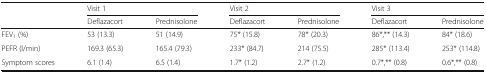
|  | <COLSPAN=2> Visit 1 | <COLSPAN=2> Visit 2 | <COLSPAN=2> Visit 3 |
 |  | Deflazacort | Prednisolone | Deflazacort | Prednisolone | Deflazacort | Prednisolone |
 | --- | --- | --- | --- | --- | --- | --- |
 | FEV1 (%) | 53 (13.3) | 51 (14.9) | 75* (15.8) | 78* (20.3) | 86*,** (14.3) | 84* (18.6) |
 | PEFR (l/min) | 169.3 (65.3) | 165.4 (79.3) | 233* (84.7) | 214 (75.5) | 285* (113.4) | 253* (114.8) |
 | Symptom scores | 6.1 (1.4) | 6.5 (1.4) | 1.7* (1.2) | 2.7* (1.2) | 0.7*,** (0.8) | 0.6*,** (0.8) |